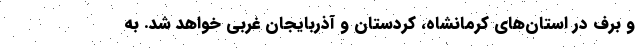
و برف در استان‌های کرمانشاه، کردستان و آذربایجان غربی خواهد شد. به